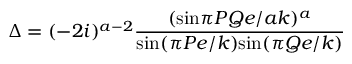
\Delta = ( - 2 i ) ^ { a - 2 } \frac { ( \mathrm { s i n } \pi P Q e / a k ) ^ { a } } { \mathrm { s i n } ( \pi P e / k ) \mathrm { s i n } ( \pi Q e / k ) }